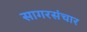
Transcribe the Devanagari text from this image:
सागरसंचार